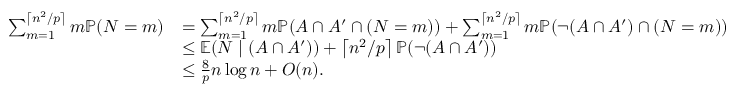
\begin{array} { r l } { \sum _ { m = 1 } ^ { \left\lceil n ^ { 2 } / p \right\rceil } m \mathbb { P } ( N = m ) } & { = \sum _ { m = 1 } ^ { \left\lceil n ^ { 2 } / p \right\rceil } m \mathbb { P } ( A \cap A ^ { \prime } \cap ( N = m ) ) + \sum _ { m = 1 } ^ { \left\lceil n ^ { 2 } / p \right\rceil } m \mathbb { P } ( \neg ( A \cap A ^ { \prime } ) \cap ( N = m ) ) } \\ & { \leq \mathbb E ( N \mid ( A \cap A ^ { \prime } ) ) + \left\lceil n ^ { 2 } / p \right\rceil \mathbb { P } ( \neg ( A \cap A ^ { \prime } ) ) } \\ & { \leq \frac { 8 } { p } n \log n + O ( n ) . } \end{array}